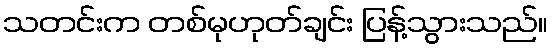
သတင်းက တစ်မုဟုတ်ချင်း ပြန့်သွားသည်။